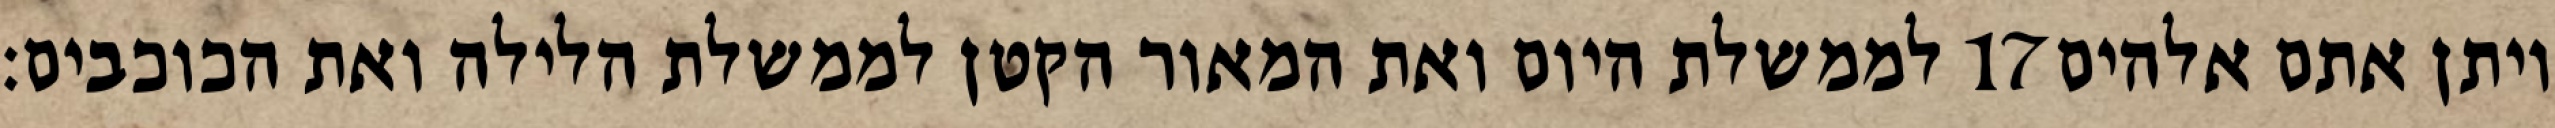
לממשלת היום ואת המאור הקטן לממשלת הלילה ואת הכוכבים׃ ‎17‏ ויתן אתם אלהים